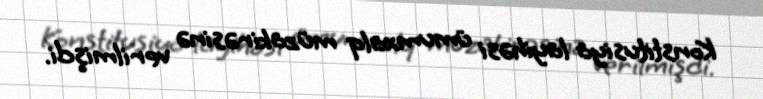
Konstitusiya layihəsi ümumxalq müzakirəsinə verilmişdi.